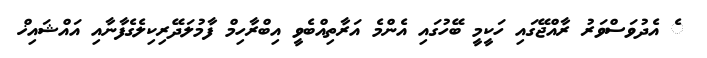
ެ އެދުވަސްވަރު ރާއްޖޭގައި ހަކީމީ ބޭހުގައި އެންމެ އަރާތިއްބެވީ އިބްރާހިމް ފާމުލަދޭރިކިލެގެފާނާއި އައްޝައިޚް